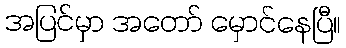
အပြင်မှာ အတော် မှောင်နေပြီ။